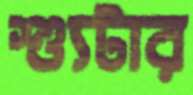
শ্যুটার